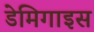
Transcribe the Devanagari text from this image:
डेमिगाइस